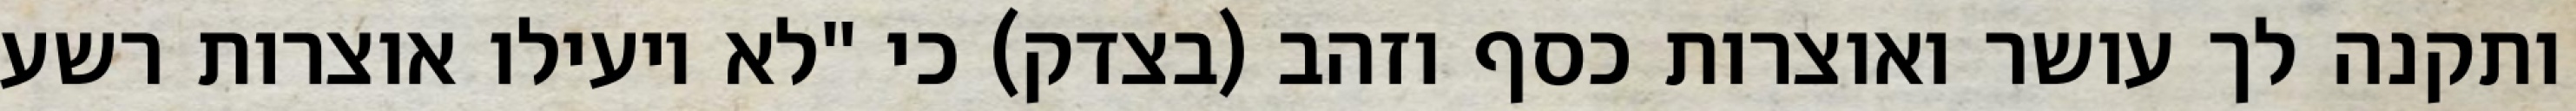
ותקנה לך עושר ואוצרות כסף וזהב (בצדק) כי "לא יועילו אוצרות רשע